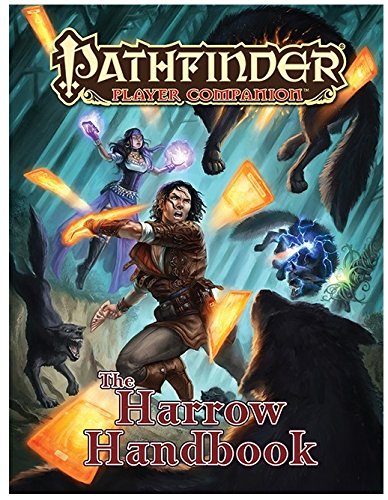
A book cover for Pathfinder Player Companion: The Harrow Handbook; Crystal Frasier; Science Fiction & Fantasy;